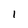
Character: 1